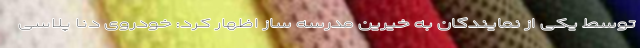
توسط یکی از نمایندگان به خیرین مدرسه ساز اظهار کرد: خودروی دنا پلاسی